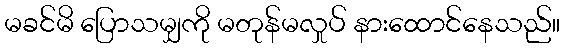
မခင်မိ ပြောသမျှကို မတုန်မလှုပ် နားထောင်နေသည်။